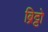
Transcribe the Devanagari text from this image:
ब्रिट्टो